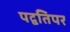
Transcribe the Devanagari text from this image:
पद्वतिपर